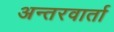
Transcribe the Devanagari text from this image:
अन्तरवार्ता